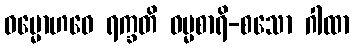
ဓမ္မောဟဝေ ရက္ခတိ ဓမ္မစာရိ-စသော ဂါထာ